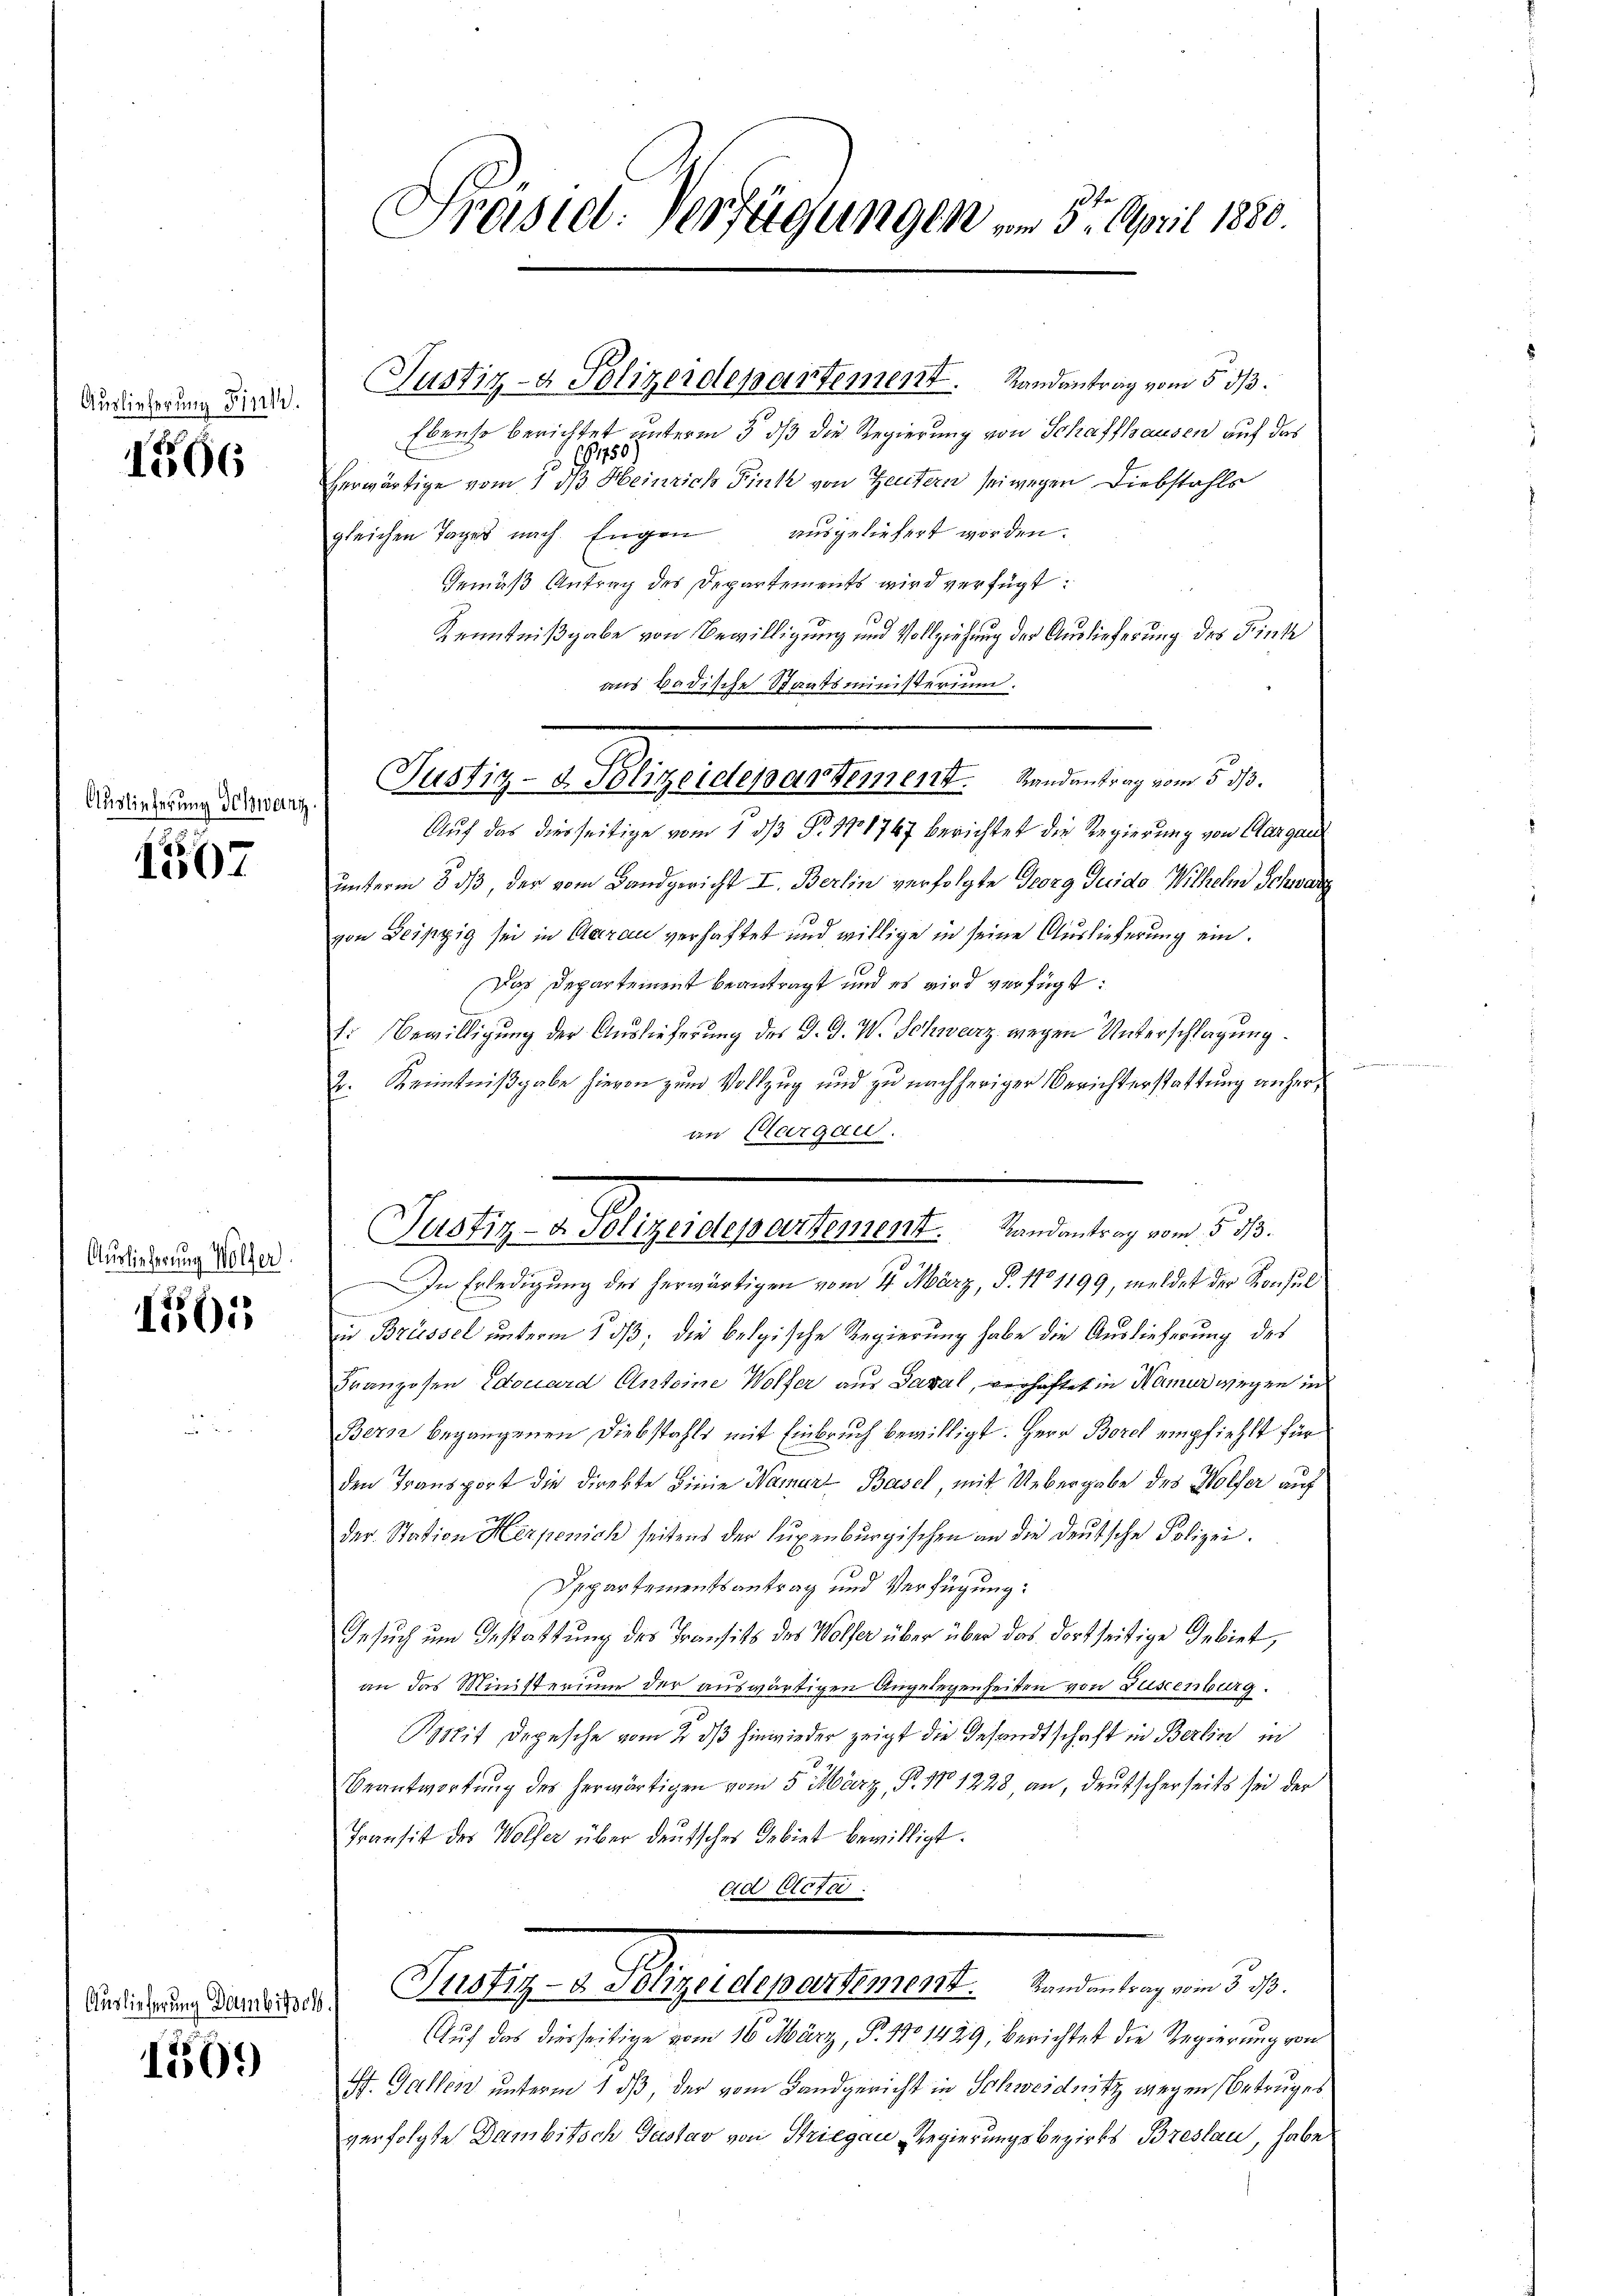
Auslieferung Finn.

1566

Auslieferung deszwanz

1507

Auslieferung Wölfer.

1501

Auslieferung Dambissch

1509

Präsid. Verfügungen vom 31. April 1880

Justiz- & Polizerdepartement. Randantrag vom 5. ds.
Ebenso berichtet unterm 5. dß die Regierung von Schaffhausen auf das
9,750
5
herwärtige vom 1. ds Heinrich Fink von Heutern sei wegen Diebstahls
gleichen Tages nach Engen ausgeliefert worden.
Gemäß Antrag des Departements wird verfügt:
9
Kenntnißgabe von Bewilligung und Vollziehung der Auslieferung des Fink
aus Badische Staatsministerium.
Auf das diesseitige vom 1. ds Nr. 178767 berichtet die Regierung von Aargau
unterm 8 dß, der vom Landgericht I. Berlin verfolgte Georg Juido Wilhelm Schwarz
von Leipzig sei in Aarau verhaftet und willige in seine Auslieferung ein¬
Das Departement beantragt und es wird verfügt:
1. Bewilligŭng der Auslieferung des J. D. W. Schwarz wegen Unterschlagung
E: Kenntnißgabe hievon zum Vollzug und zu nachheriger Berichterstattung anheran Cargau.
In Erledigung des herwärtigen vom 4. März, P. 110 1199, meldet der Konsul
ii Brüssel unterm 1. ds, die belgische Regierung habe die Auslieferung des
Franzosen Edouard Antoine Wolfer aus Basal, verhaftet in Namer wegen in
Berze begangenen Diebstahls mit Einbruch bewilligt. Herr Borel empfiehlt für
den Transport die Direkte binie Namur Basel, mit Uebergabe des Holfer auf
der Station Herpenich seitens der Luxenburgischen an die deutsche Polizei.
Appartementsantrag und Verfügung:
Gesuch um Gestattung des Transits des Wolfer über über das dortseitige Gebiet,
an das Ministerium der auswärtigen Angelegenheiten von Düstenburg.
it Depesche vom 2. ds hinwieder zeigt die Gesandtschaft in Berlin in
Beantwortung des herwärtigen vom 5. März, P. 171228 an, deutscherseits sei der
Transit des Wolfer über deutsches Gebiet bewilligt.
ad Actor:
Seligen Segestamentarieli eine an de
Auf das diesseitige vom 16. März, P. 170 1429, berichtet die Regierung von
St. Gallen unterm 1 dß, der vom Landgericht in Schweidnitz wegen Betruges
verfolgte Dambitsch Gustav von Striegen Regierungsbezirks Breslau, habe

Justiz- & Polizeidepartement. Randantrag vom 5. ds.

Justiz- & Polizeidepartement. Randantrag vom 5. 513.